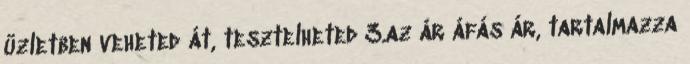
üzletben veheted át, tesztelheted 3.az ár áfás ár, tartalmazza